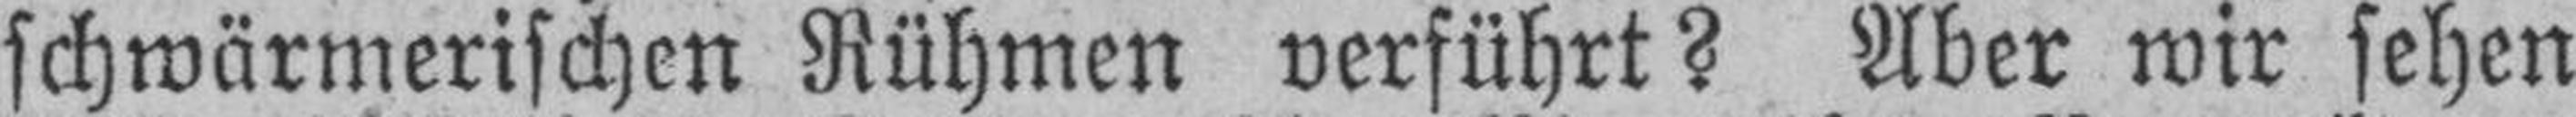
schwärmerischen Rühmen verführt? Aber wir sehen